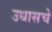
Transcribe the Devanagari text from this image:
उधासचे